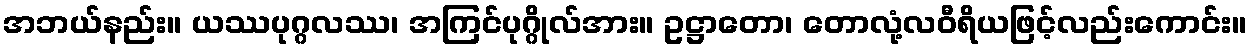
အဘယ်နည်း။ ယဿပုဂ္ဂလဿ၊ အကြင်ပုဂ္ဂိုလ်အား။ ဥဋ္ဌာတော၊ တောလုံ့လဝီရိယဖြင့်လည်းကောင်း။